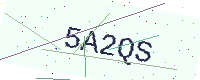
Text: 5A2QS